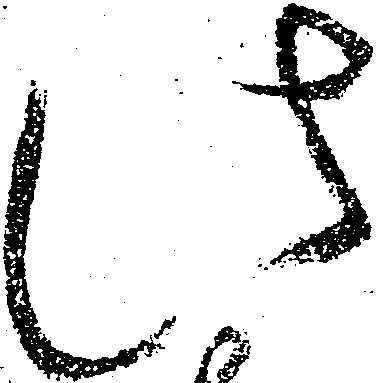
此